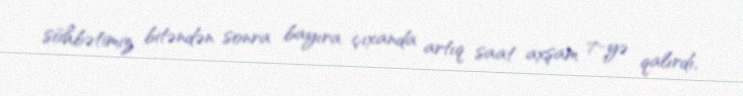
söhbətimiz bitəndən sonra bayıra çıxanda artıq saat axşam 7-yə qalırdı,